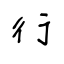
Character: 行